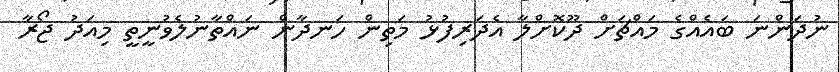
ނުދަންނަ ބައެއްގެ މައްޗަށް ދޫކޮށްލާ އެދަރިފުޅު މަތިން ހަނދާން ނައްތާނުލެވުނީތީ މިއަދު ޖޯރާ